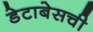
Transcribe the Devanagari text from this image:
डेटाबेसची